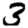
Digit: 3